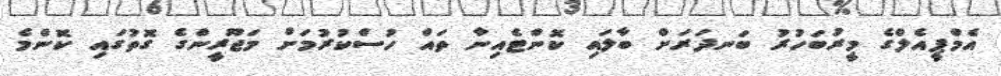
އެމްޕީއެލްގެ މީރުބަހުރު ބަނދަރަށް ބާލައި ކޮންޓެއިނާ ތައް ހުސްކުރުމަށް މަޖޫރީންގެ ގޮތުގައި ކޮންމެ